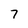
Character: 7